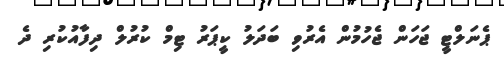
ޕެނަލްޓީ ޖަހަން ޖެހުމުން އެރުވި ބަދަލު ކީޕަރު ޓިމް ކުރުލް ދިފާއުކުރި ދެ